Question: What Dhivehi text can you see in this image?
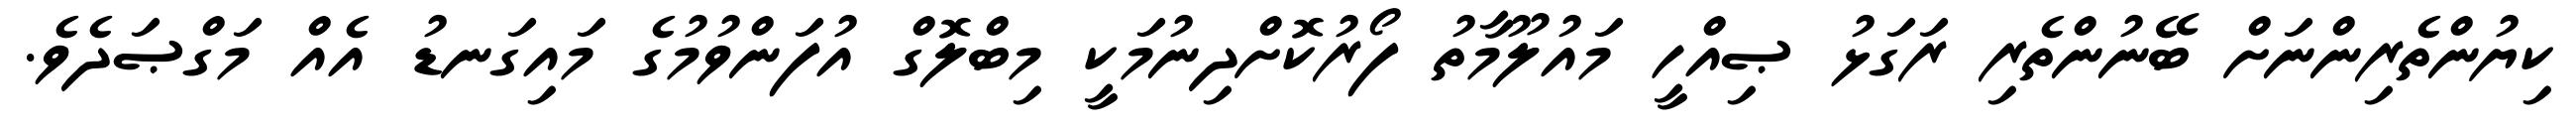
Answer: ކިޔުންތެރިންނަށް ބޭނުންތެރި ރަގަޅު ޞިއްހީ މައުލޫމާތު ފޯރުކޮށްދިނުމަކީ މިބްލޮގް އުފަންވުމުގެ މައިގަނޑު އެއް މަގްޞަދެވެ.